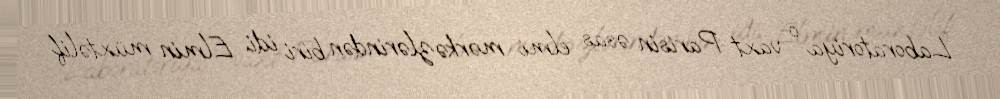
Laboratoriya o vaxt Parisin əsas elmi mərkəzlərindən biri idi. Elmin müxtəlif